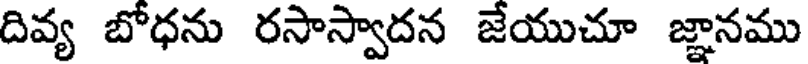
దివ్య బోధను రసాస్వాదన జేయుచూ జ్ఞానము